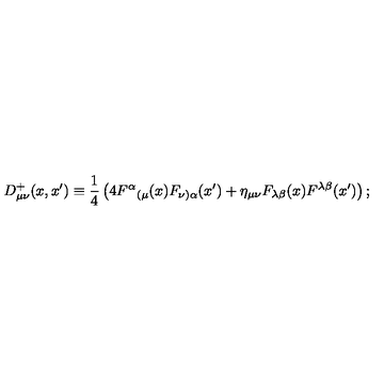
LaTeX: D _ { \mu \nu } ^ { + } ( x , x ^ { \prime } ) \equiv \frac { 1 } { 4 } \left( 4 F ^ { \alpha } { } _ { ( \mu } ( x ) F _ { \nu ) \alpha } ( x ^ { \prime } ) + \eta _ { \mu \nu } F _ { \lambda \beta } ( x ) F ^ { \lambda \beta } ( x ^ { \prime } ) \right) ;